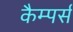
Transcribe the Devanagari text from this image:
कैम्पर्स